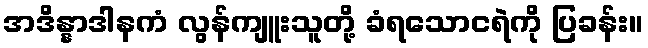
အဒိန္နာဒါနကံ လွန်ကျူးသူတို့ ခံရသောငရဲကို ပြခန်း။